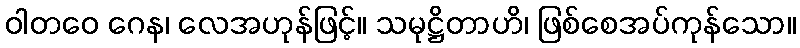
ဝါတဝေ ဂေန၊ လေအဟုန်ဖြင့်။ သမုဋ္ဌိတာဟိ၊ ဖြစ်စေအပ်ကုန်သော။